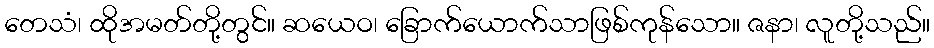
တေသံ၊ ထိုအမတ်တို့တွင်။ ဆယေဝ၊ ခြောက်ယောက်သာဖြစ်ကုန်သော။ ဇနာ၊ လူတို့သည်။